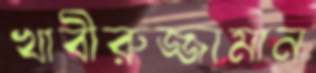
খাবীরুজ্জামান